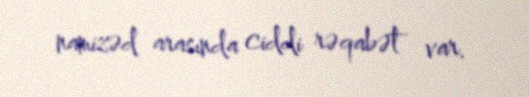
namizəd arasında ciddi rəqabət var.